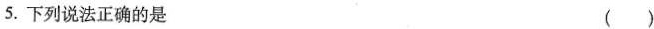
5.下列说法正确的是 ( )